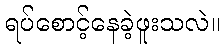
ရပ်စောင့်နေခဲ့ဖူးသလဲ။